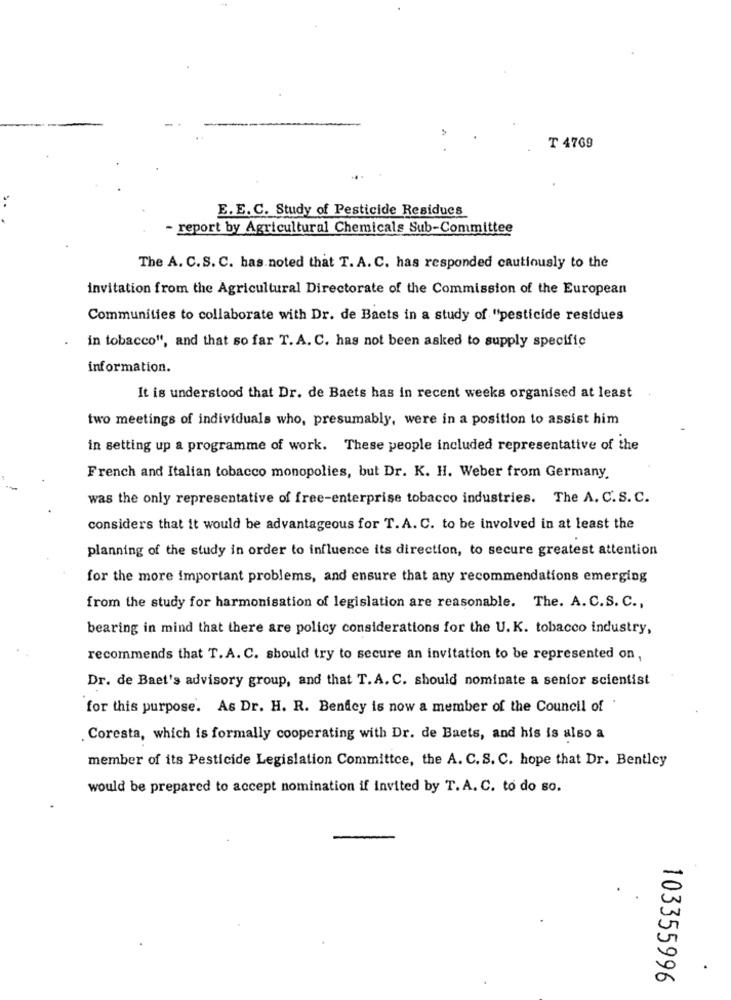
₸ 4769
E. E. C. Study of Pesticide Residues
report by Agricultural Chemicals Sub-Committee
The A. C.S. C. has noted that T. A. C. has responded cautiously to the
invitation from the Agricultural Directorate of the Commission of the European
Communities to collaborate with Dr. de Bacts in a study of "pesticide residues
in tobacco", and that so far T. A. C. has not been asked to supply specific
information.
It is understood that Dr. de Baets has in recent weeks organised at least
two meetings of individuals who, presumably, were in a position to assist him
in setting up a programme of work. These people included representative of the
French and Italian tobacco monopolies, but Dr. K. H. Weber from Germany.
was the only representative of free-enterprise tobacco industries. The A. C.S. C.
considers that it would be advantageous for T.A. C. to be involved in at least the
planning of the study in order to influence its direction, to secure greatest attention
for the more important problems, and ensure that any recommendations emerging
from the study for harmonisation of legislation are reasonable. The. A. C.S. C .,
bearing in mind that there are policy considerations for the U.K. tobacco industry,
recommends that T.A. C. should try to secure an invitation to be represented on,
Dr. de Baet's advisory group, and that T.A. C. should nominate a senior scientist
for this purpose. As Dr. H. R. Bendey is now a member of the Council of
Coresta, which is formally cooperating with Dr. de Baets, and his is also a
member of its Pesticide Legislation Committee, the A. C. S. C. hope that Dr. Bentley
would be prepared to accept nomination if invited by T.A. C. to do so.
.
103355996